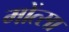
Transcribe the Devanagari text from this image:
मोंत्सा